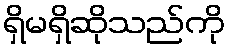
ရှိမရှိဆိုသည်ကို